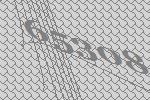
65308